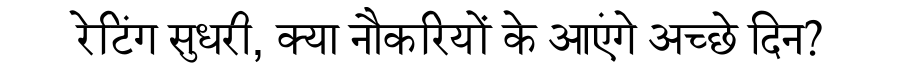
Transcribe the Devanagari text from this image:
रेटिंग सुधरी, क्या नौकरियों के आएंगे अच्छे दिन?